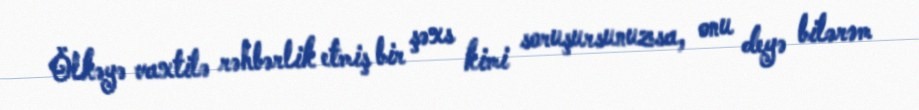
Ölkəyə vaxtilə rəhbərlik etmiş bir şəxs kimi soruşursunuzsa, onu deyə bilərəm